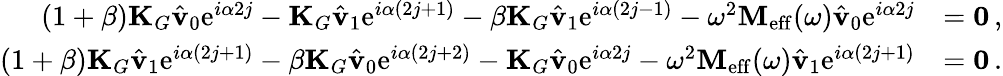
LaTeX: \begin{array}{rl}{(1+\beta)\mathbf{K}_{G}\hat{\mathbf{v}}_{0}\mathrm{e}^{i\alpha 2j}-\mathbf{K}_{G}\hat{\mathbf{v}}_{1}\mathrm{e}^{i\alpha(2j+1)}-\beta\mathbf{K}_{G}\hat{\mathbf{v}}_{1}\mathrm{e}^{i\alpha(2j-1)}-\omega^{2}\mathbf{M}_{\mathrm{eff}}(\omega)\hat{\mathbf{v}}_{0}\mathrm{e}^{i\alpha 2j}}&{=\mathbf{0}\, ,}\\ {(1+\beta)\mathbf{K}_{G}\hat{\mathbf{v}}_{1}\mathrm{e}^{i\alpha(2j+1)}-\beta\mathbf{K}_{G}\hat{\mathbf{v}}_{0}\mathrm{e}^{i\alpha(2j+2)}-\mathbf{K}_{G}\hat{\mathbf{v}}_{0}\mathrm{e}^{i\alpha 2j}-\omega^{2}\mathbf{M}_{\mathrm{eff}}(\omega)\hat{\mathbf{v}}_{1}\mathrm{e}^{i\alpha(2j+1)}}&{=\mathbf{0}\, .}\end{array}